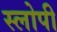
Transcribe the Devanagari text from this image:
स्लोपी